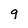
Character: 9